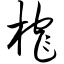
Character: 榨